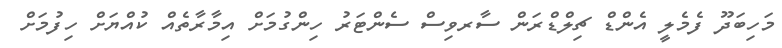
މަހިބަދޫ ފެމެލީ އެންޑް ޗިލްޑްރަން ސާރވިސް ސެންޓަރު ހިންގުމަށް އިމާރާތެއް ކުއްޔަށް ހިފުމަށް